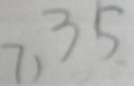
7 , 3 5